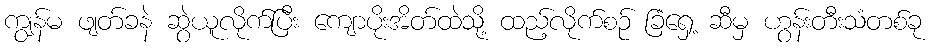
ကျွန်မ ဖျတ်ခနဲ ဆွဲယူလိုက်ပြီး ကျောပိုးအိတ်ထဲသို့ ထည့်လိုက်စဉ် ခြံရှေ့ ဆီမှ ဟွန်းတီးသံတစ်ခု